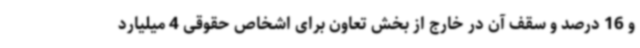
و 16 درصد و سقف آن در خارج از بخش تعاون برای اشخاص حقوقی 4 میلیارد